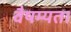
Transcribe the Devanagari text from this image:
वैषम्यता